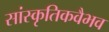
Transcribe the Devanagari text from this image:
सांस्कृतिकवैभव